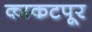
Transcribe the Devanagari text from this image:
काकटपूर